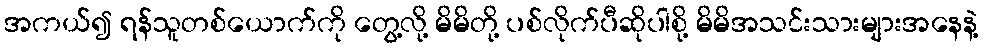
အကယ်၍ ရန်သူတစ်ယောက်ကို တွေ့လို့ မိမိတို့ ပစ်လိုက်ပီဆိုပါစို့ မိမိအသင်းသားများအနေနဲ့